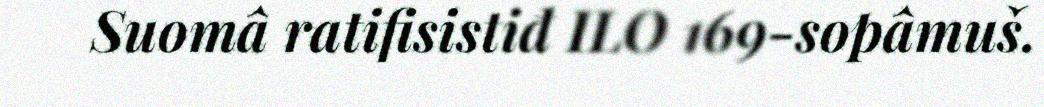
Suomâ ratifisistiđ ILO 169-sopâmuš.